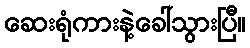
ဆေးရုံကားနဲ့ခေါ်သွားပြီ။